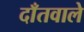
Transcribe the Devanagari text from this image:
दाँतवाले